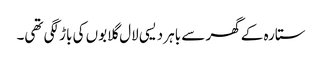
ستارہ کے گھر سے باہر دیسی لال گلابوں کی باڑ لگی تھی۔